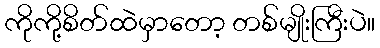
ကိုကို့စိတ်ထဲမှာတော့ တစ်မျိုးကြီးပဲ။